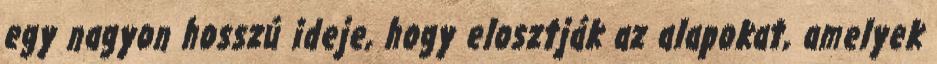
egy nagyon hosszú ideje, hogy elosztják az alapokat, amelyek